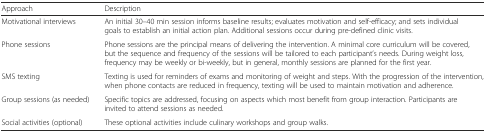
<table><thead><tr><td><b>Approach</b></td><td><b>Description</b></td></tr></thead><tbody><tr><td>Motivational interviews</td><td>An initial 30–40 min session informs baseline results; evaluates motivation and self-efficacy; and sets individual goals to establish an initial action plan. Additional sessions occur during pre-defined clinic visits.</td></tr><tr><td>Phone sessions</td><td>Phone sessions are the principal means of delivering the intervention. A minimal core curriculum will be covered, but the sequence and frequency of the sessions will be tailored to each participant’s needs. During weight loss, frequency may be weekly or bi-weekly, but in general, monthly sessions are planned for the first year.</td></tr><tr><td>SMS texting</td><td>Texting is used for reminders of exams and monitoring of weight and steps. With the progression of the intervention, when phone contacts are reduced in frequency, texting will be used to maintain motivation and adherence.</td></tr><tr><td>Group sessions (as needed)</td><td>Specific topics are addressed, focusing on aspects which most benefit from group interaction. Participants are invited to attend sessions as needed.</td></tr><tr><td>Social activities (optional)</td><td>These optional activities include culinary workshops and group walks.</td></tr></tbody></table>